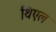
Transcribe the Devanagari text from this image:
थिएल